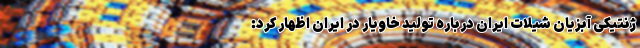
ژنتیکی آبزیان شیلات ایران درباره تولید خاویار در ایران اظهار کرد: